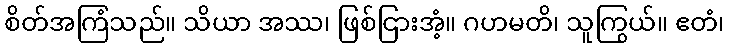
စိတ်အကြံသည်။ သိယာ အဿ၊ ဖြစ်ငြားအံ့။ ဂဟမတိ၊ သူကြွယ်။ ဧတံ၊